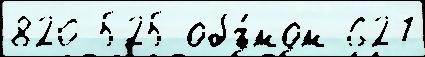
820 525 объ́мом 627